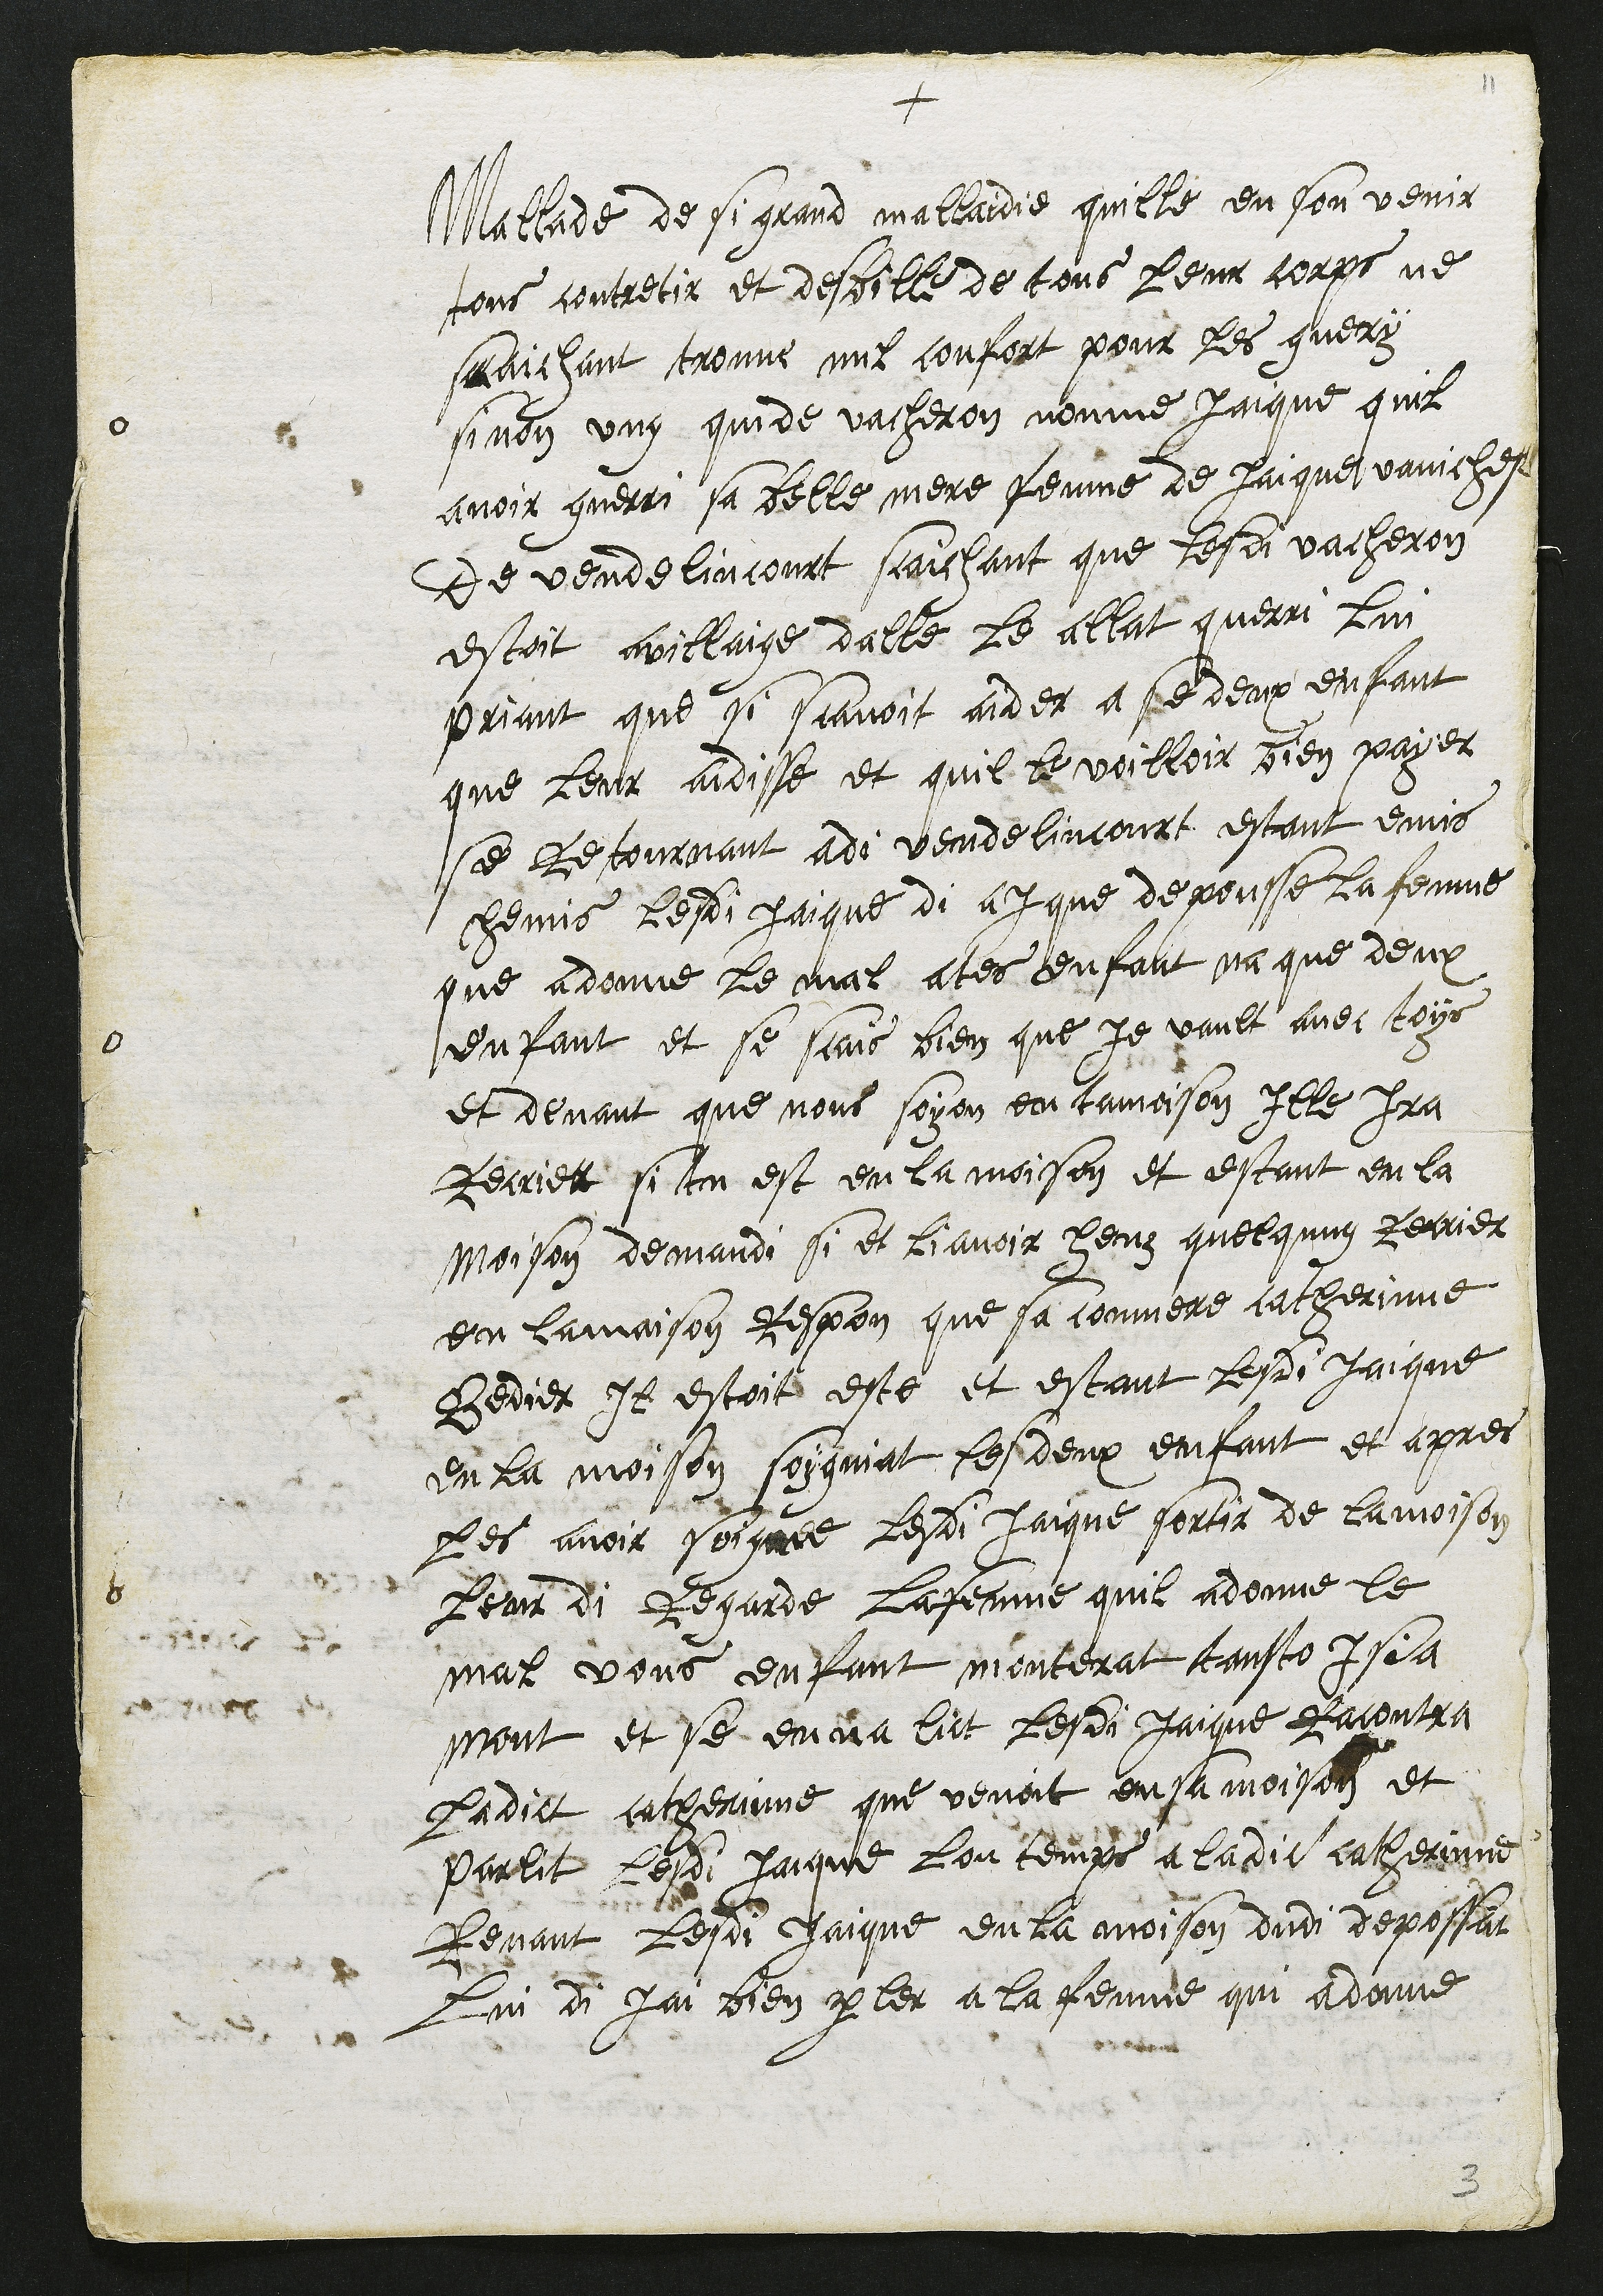
+
Mallade de grand mallaidie quille en son venir
tous contretir et desbille de tous leur corps ne
saichant trouve nul confort pour les guery
sinon ung quide vacheron nomme Jaique quil
avoir guerri sa belle mere femme de Jaique vanichest
de vendelincourt scaichant que lesdi vacheron
estoit a villaige dalle le allat querri lui
priant que si scavoit aider a se deux enfant
que leur aidisse et quil le voilloir bien payer
se retournant adi vendelincourt estant emis
chemis lesdi Jaque di a I que depousse la femme
que a donne le mal ates enfant na que deux
enfant et se scais bien que je vault avec toys
et devant que nous soyon en tamoison Ille Ira
Recrier si tu est en la moison et estant en la
Moison demandi si et li avoir heuz quelqung Recrier
en lamaison Respon que sa commere catherinne
Bedier il estoit este et estant lesdi Jaique
en la moison soygniat les deux enfant et apres
les avoir soignee lesdi Jaique sortir de la moison
Leur di Regarde La femme quil a donne le
mal vous enfant monterat tansto Isi a
mont et se en na lict lesdi Jaique Racontra
ladict Catherinne que venoit en sa moison et
parlit lesdi Jaique Lon temps a ladict catherinne
Renant lesdi Jaique en la moison dudit depossat
Lui di jai bien parler a la femme qui a donne

3